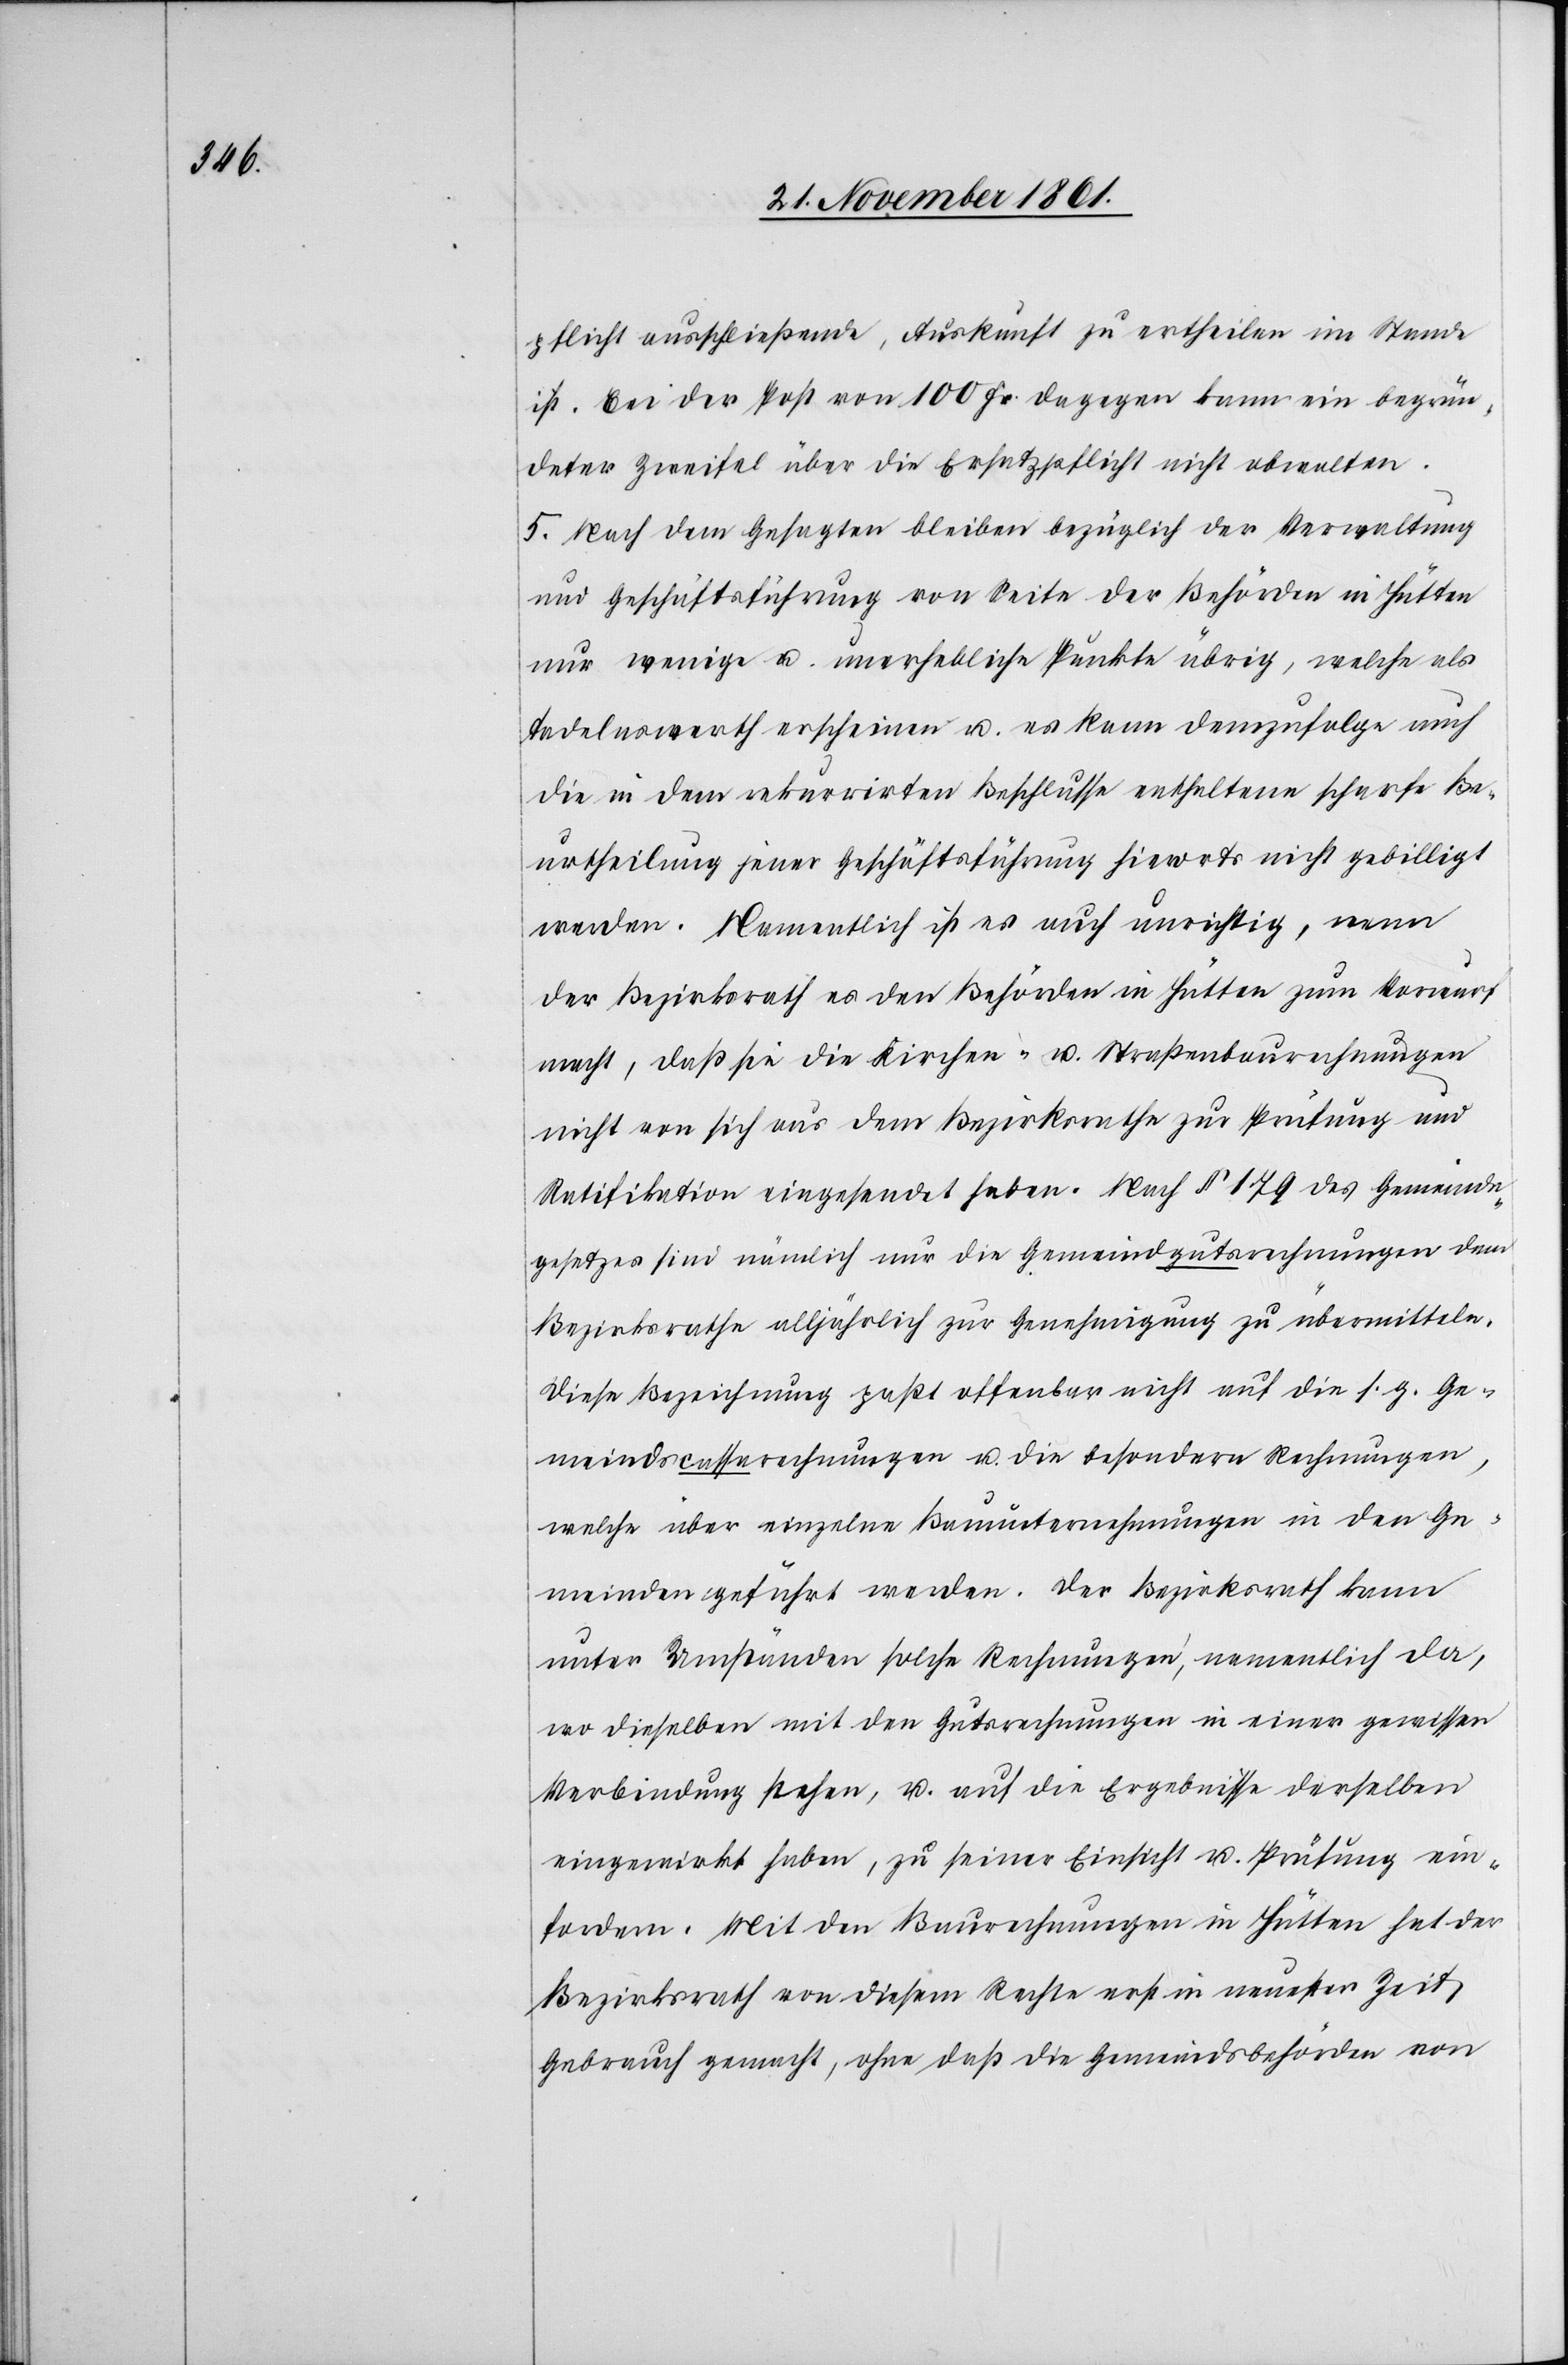
pflicht ausschließende, Auskunft zu ertheilen im Stande
ist. Bei der Post von 100 Fr. dagegen kann ein begrün¬
deter Zweifel über die Ersatzpflicht nicht obwalten.
5. Nach dem Gesagten bleiben bezüglich der Verwaltung
und Geschäftsführung von Seite der Behörden in Hütten
nur wenige u. unerhebliche Punkte übrig, welche als
tadelnswerth erscheinen u. es kann demzufolge auch
die in dem rekurrirten Beschlusse enthaltene scharfe Be¬
urtheilung jener Geschäftsführung hierorts nicht gebilligt
werden. Namentlich ist es auch unrichtig, wenn
der Bezirksrath es den Behörden in Hütten zum Vorwurf
macht, daß sie die Kirchen- u. Straßenausrechnungen
nicht von sich aus dem Bezirksrathe zur Prüfung und
Ratifikation eingesendet haben. Nach § 179 des Gemeinde¬
gesetzes sind nämlich nur die Gemeindgutsrechnungen dem
Bezirksrathe alljährlich zur Genehmigung zu übermitteln.
Diese Bezeichnung paßt offenbar nicht auf die s. g. Ge¬
meindscassarechnungen u. die besondern Rechnungen,
welche über einzelne Bauunternehmungen in den Ge¬
meinden geführt werden. Der Bezirksrath kann
unter Umständen solche Rechnungen, namentlich da,
wo dieselben mit den Gutsrechnungen in einer gewissen
Verbindung stehen, u. auf die Ergebnisse derselben
eingewirkt haben, zu seiner Einsicht u. Prüfung ein¬
fordern. Mit den Baurechnungen in Hütten hat der
Bezirksrath von diesem Rechte in neuester Zeit
Gebrauch gemacht, ohne daß die Gemeindsbehörden von